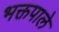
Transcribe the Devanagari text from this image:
भक्तपाले